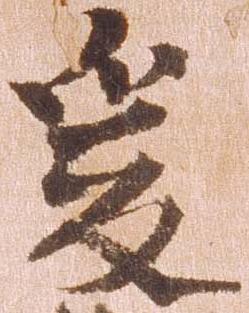
爰